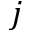
j